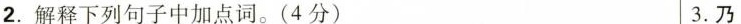
2.解释下列句子中加点词。(4分) 3.乃